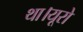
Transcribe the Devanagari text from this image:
था।यूरो